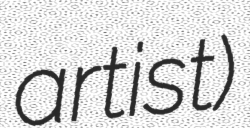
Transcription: artist)